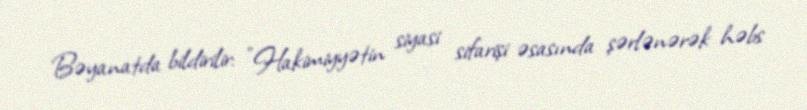
Bəyanatda bildirilir: "Hakimiyyətin siyasi sifarişi əsasında şərlənərək həbs